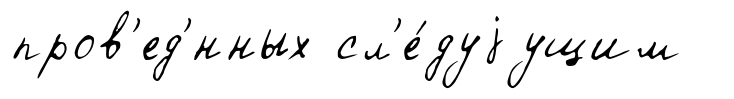
пров'ед'́нных сл'е́дуjущим